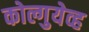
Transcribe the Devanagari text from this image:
कोल्गुयेव्ह